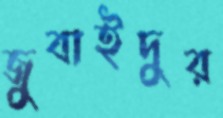
জুবাইদুর